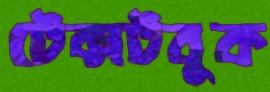
টেক্সটবুক